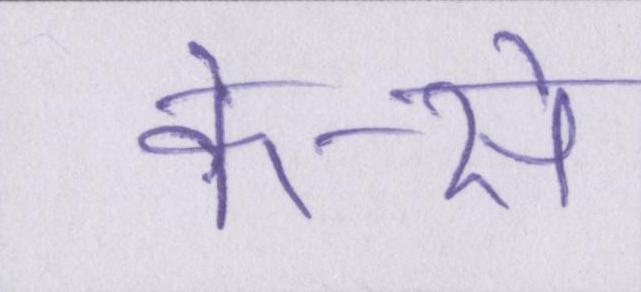
के-से